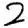
Digit: 2